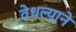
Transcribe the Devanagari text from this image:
वेधल्याने